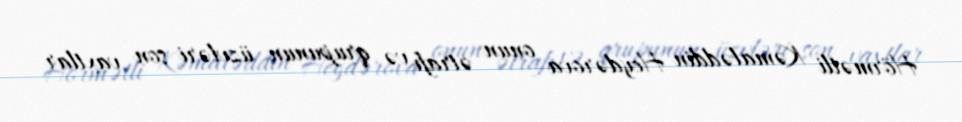
Hörmətli Kəmaləddin Heydərova onun ətrafı və qrupunun üzvləri son vaxtlar